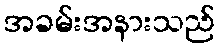
အခမ်းအနားသည်